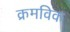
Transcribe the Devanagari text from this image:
क्रमविक